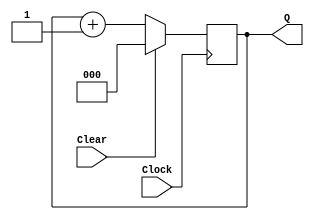
// Modulo para contar os estagios

module upcount(Clear, Clock, Q);
	input Clear, Clock;
	output reg [2:0] Q;
	
	initial begin
		Q = 3'b0;
	end
	
	always @(posedge Clock)
		if (Clear) Q <= 3'b0;
		else Q <= Q + 1'b1;
endmodule


module upcount_5(Reset, Clock, count_en, Q);
	input Reset, Clock, count_en;
	output reg [4:0] Q;
	
	initial begin
		Q = 5'b0;
	end
	
	always @(posedge Clock)
		if (count_en)
			if (Reset) Q <= 5'b0;
			else Q <= Q + 1'b1;
endmodule